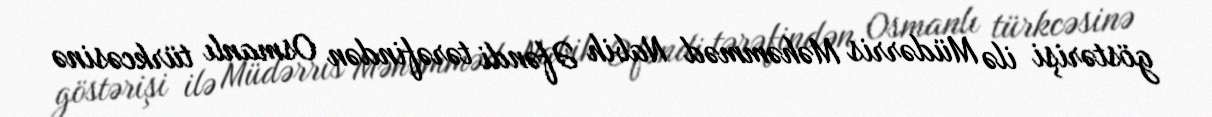
göstərişi ilə Müdərris Məhəmməd Nabih Əfəndi tərəfindən Osmanlı türkcəsinə